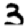
Digit: 3